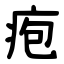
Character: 疱